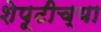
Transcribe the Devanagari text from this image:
शेपूटीच्या